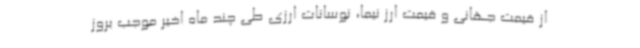
از قیمت جهانی و قیمت ارز نیما، نوسانات ارزی طی چند ماه اخیر موجب بروز